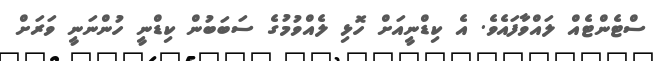
ސްޓެންޓެއް ލައްވާފައެވެ. އެ ކިޑްނީއަށް ހޮޅި ލެއްވުމުގެ ސަބަބުން ކިޑްނީ ހުންނަނީ ވަރަށް